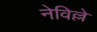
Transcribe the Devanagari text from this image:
नेविल्ले